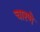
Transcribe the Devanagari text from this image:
चारणे